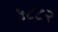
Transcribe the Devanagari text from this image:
५८८२